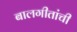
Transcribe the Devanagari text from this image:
बालगीतांची